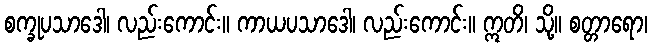
စက္ခုပသာဒေါ၊ လည်းကောင်း။ ကာယပသာဒေါ၊ လည်းကောင်း။ ဣတိ၊ သို့။ စတ္တာရော၊